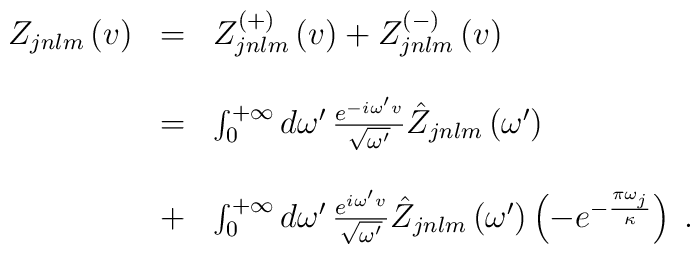
\begin{array}{lcl}Z_{jnlm}\left(v\right)&=&Z^{\left(+\right)}_{jnlm}\left(v\right)+Z^{\left(-\right)}_{jnlm}\left(v\right)\\\\\ &=&\int_{0}^{+\infty}d\omega'\,\frac{e^{-i\omega'v}}{\sqrt{\omega'}}\hat Z_{jnlm}\left(\omega'\right)\\\\\ &+&\int_{0}^{+\infty}d\omega'\,\frac{e^{i\omega'v}}{\sqrt{\omega'}}\hat Z_{jnlm}\left(\omega'\right)\left(-e^{-{{\pi\omega_j}\over\kappa}}\right)\;.\end{array}